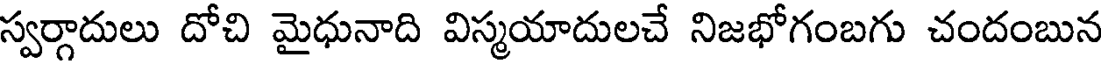
స్వర్గాదులు దోచి మైధునాది విస్మయాదులచే నిజభోగంబగు చందంబున